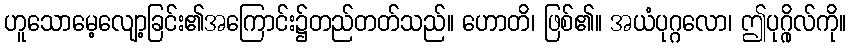
ဟူသောမေ့လျော့ခြင်း၏အကြောင်း၌တည်တတ်သည်။ ဟောတိ၊ ဖြစ်၏။ အယံပုဂ္ဂလော၊ ဤပုဂ္ဂိုလ်ကို။